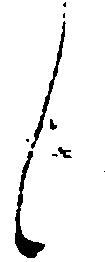
候